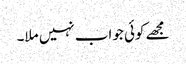
مجھے کوئی جواب نہیں ملا۔